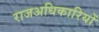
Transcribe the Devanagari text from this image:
राजअधिकारियों